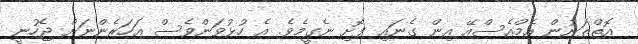
އޮތްތަނުން އެމްއެސްއޭ އިން ގެނައި ފޮށި ނެގީމެވެ. އެ ހުޅުވަންވެސް އަހަރެންނަށް ޖެހުނީ